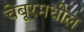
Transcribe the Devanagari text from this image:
चेंबूरमधील